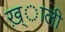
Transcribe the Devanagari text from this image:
ख़्ाली